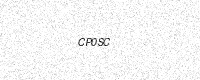
Text: CP0SC